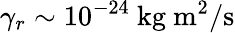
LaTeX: \gamma_{r}\sim 10^{-24}~\mathrm{kg~m^{2}/s}